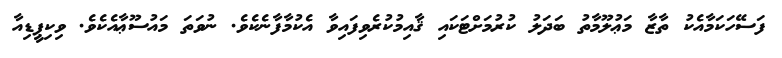
ފަސޭހަކަމާއެކު ތާޒާ މަޢުލޫމާތު ބަދަލު ކުރުމަށްޓަކައި ޤާއިމުކުރެވިފައިވާ އެކުމާފާނެކެވެ. ނުވަތަ މައުސޫޢާއެކެވެ. ވިކިޕީޑިއާ